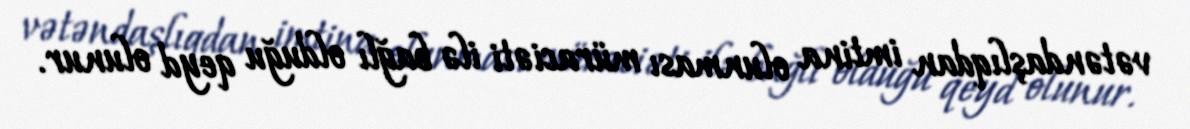
vətəndaşlıqdan imtina olunması müraciəti ilə bağlı olduğu qeyd olunur.